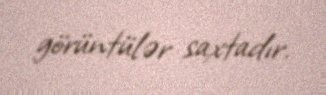
görüntülər saxtadır.